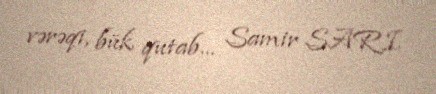
vərəqi, bük qutab... Samir SARI.